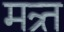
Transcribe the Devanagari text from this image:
मत्र्त